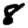
Digit: 8